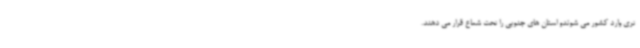
تری وارد کشور می شوندو استان های جنوبی را تحت شعاع قرار می دهند.